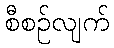
စီစဉ်လျက်